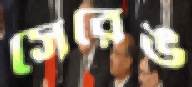
সেরেঙ